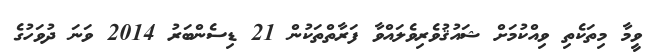
ވީމާ މިތަކެތި ވިއްކުމަށް ޝައުޤުވެރިވެލައްވާ ފަރާތްތަކުން 21 ޑިސެންބަރު 2014 ވަނަ ދުވަހުގެ